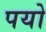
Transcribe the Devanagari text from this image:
पयो